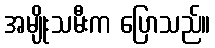
အမျိုးသမီးက ပြောသည်။